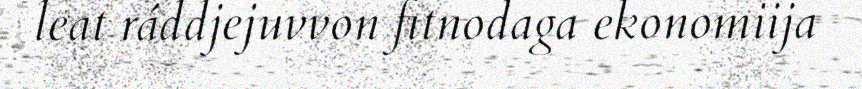
leat ráddjejuvvon fitnodaga ekonomiija